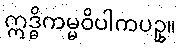
ဣဒ္ဓိကမ္မဝိပါကပဥှ။